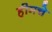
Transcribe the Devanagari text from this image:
हीमचे